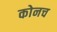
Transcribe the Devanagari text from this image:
कोनच